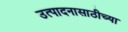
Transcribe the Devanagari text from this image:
उत्पादनासाठीच्या